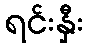
ရင်းနှီး